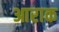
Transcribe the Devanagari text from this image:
आराक